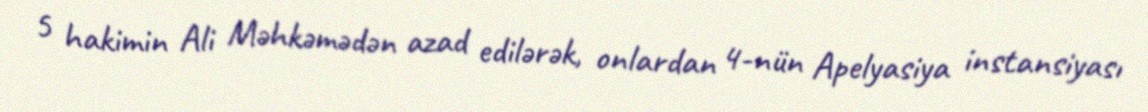
5 hakimin Ali Məhkəmədən azad edilərək, onlardan 4-nün Apelyasiya instansiyası